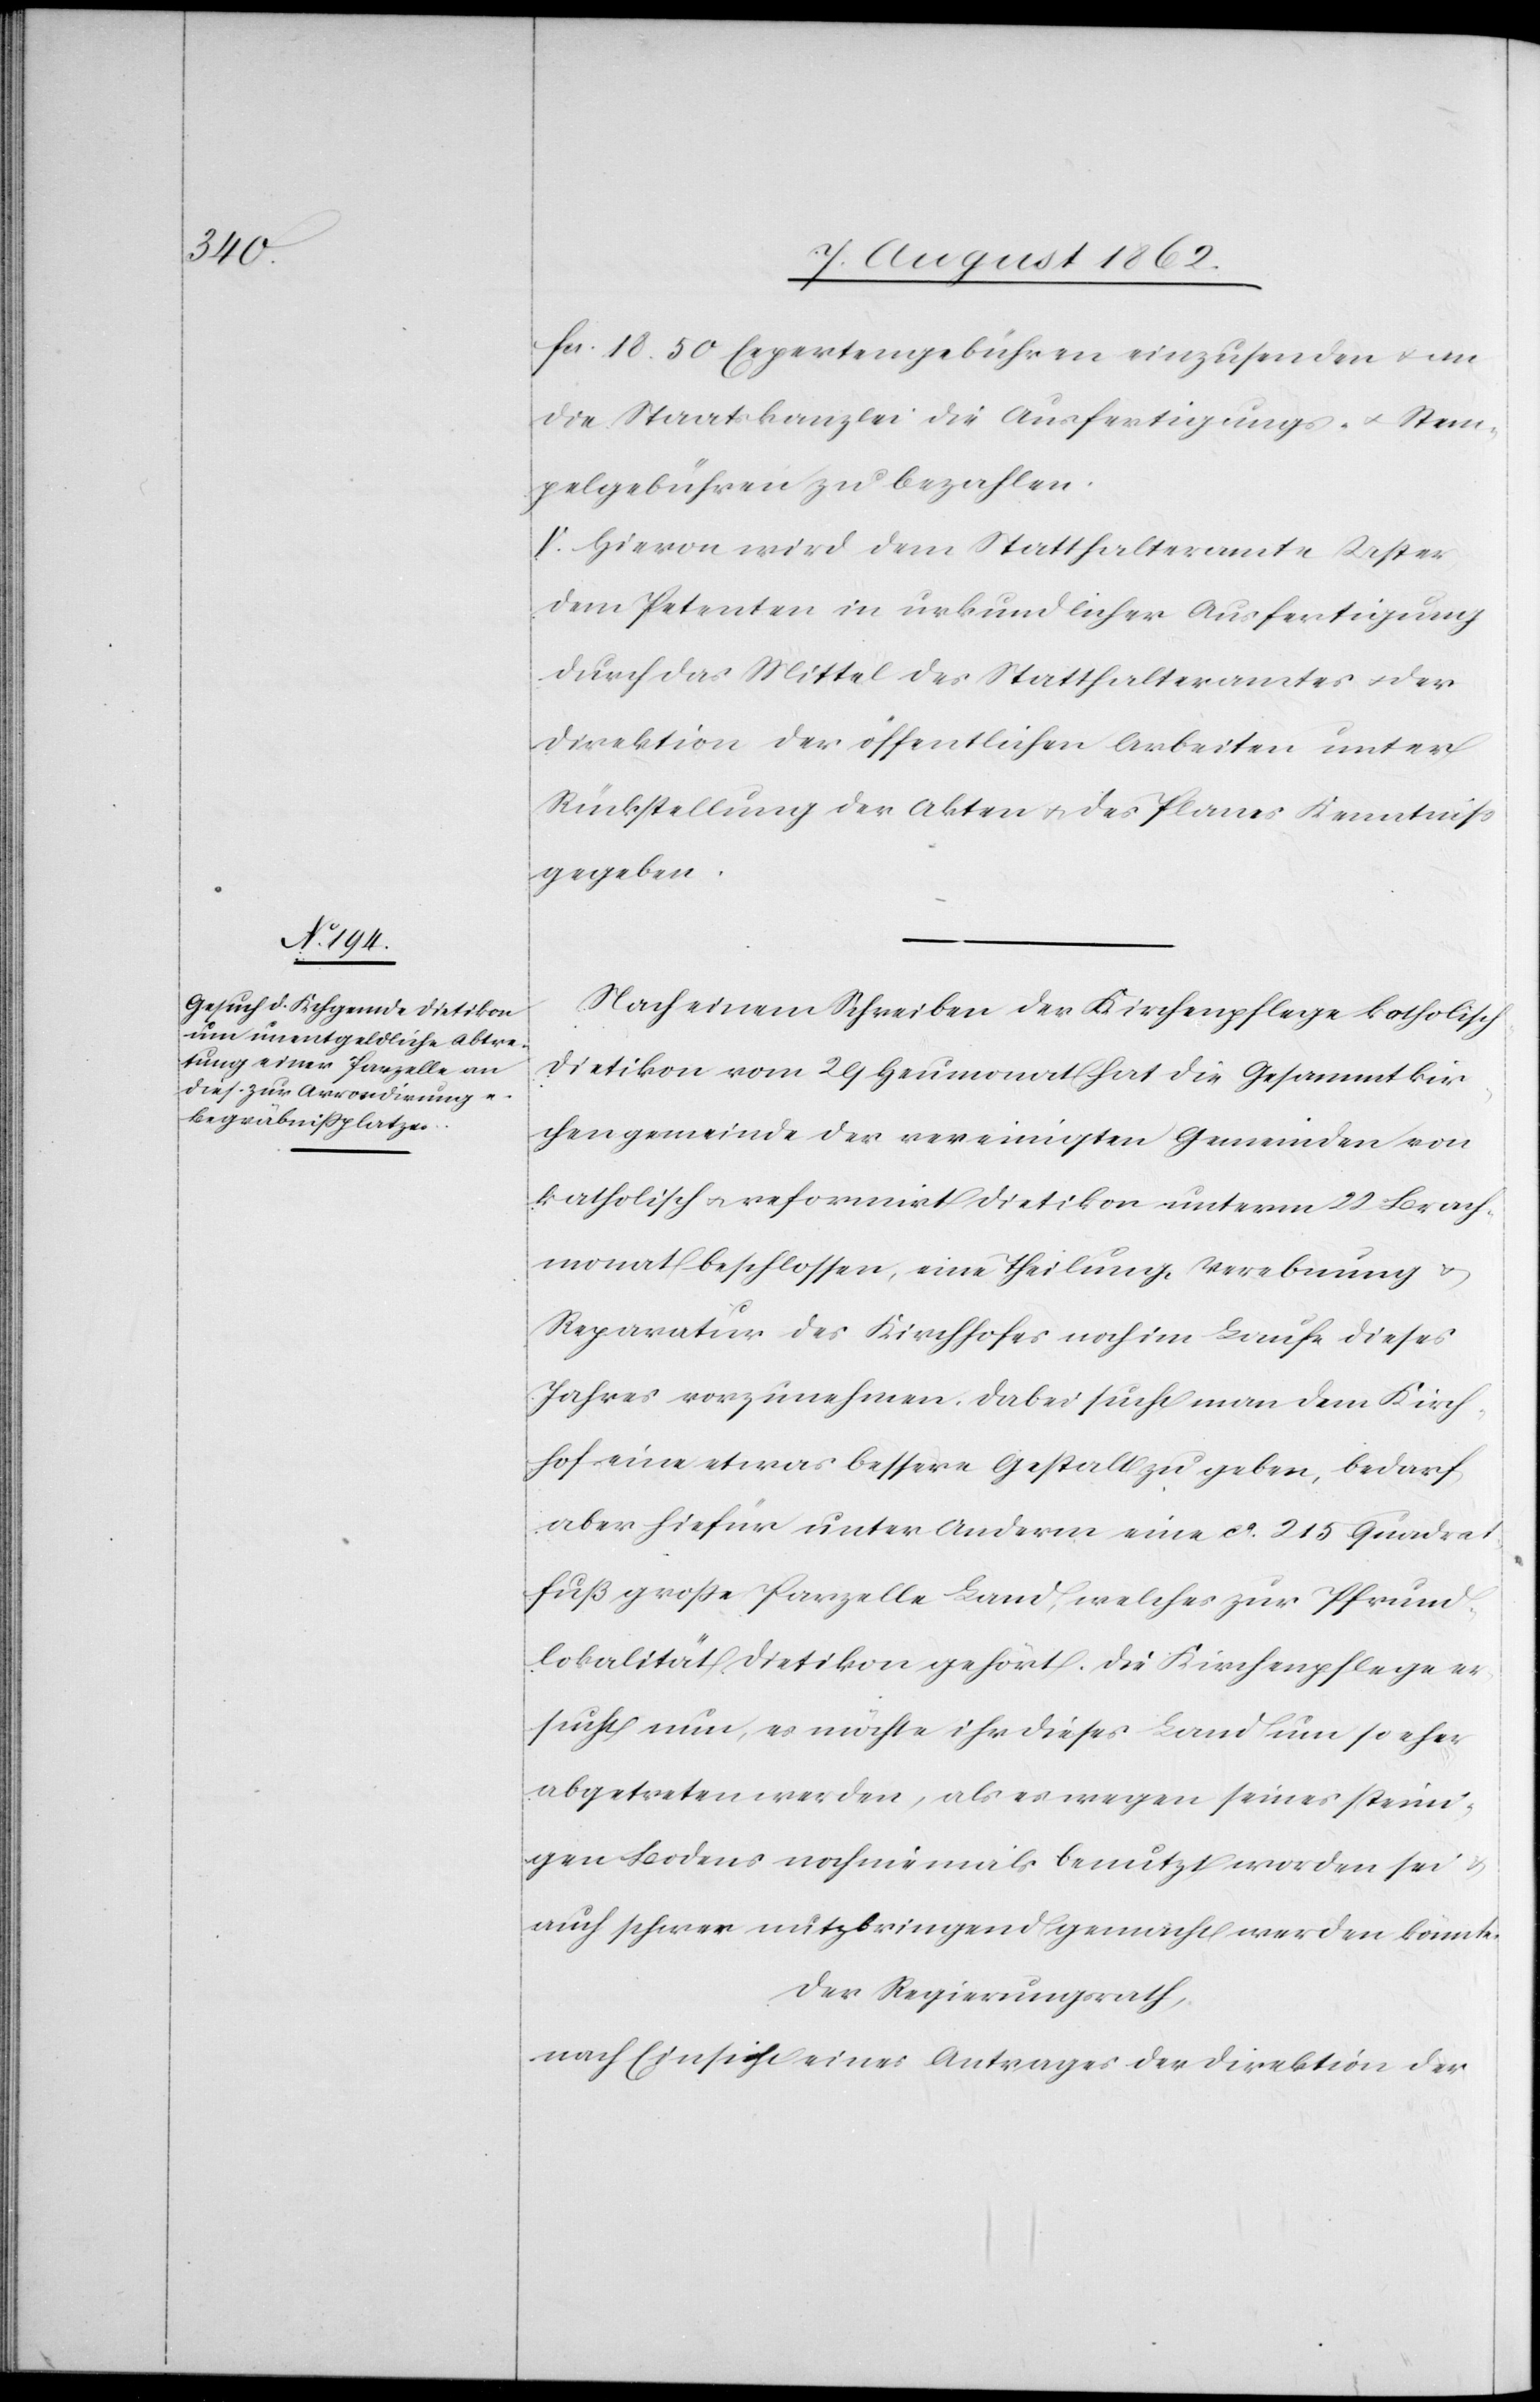
fcs. 18 50 Expertengebühren einzusenden u. an
die Staatskanzlei die Ausfertigungs- u. Stem¬
pelgebühren zu bezahlen.
V. Hievon wird dem Statthalteramte Uster
dem Petenten in urkundlicher Ausfertigung
durch das Mittel des Statthalteramtes u. der
Direktion der öffentlichen Arbeiten unter
Rückstellung der Akten u. des Planes Kenntniß
gegeben.
Nach einem Schreiben der Kirchenpflege katholisch
Dietikon vom 29. Heumonat hat die Gesammtkir¬
chengemeinde der vereinigten Gemeinden von
katholisch u. reformirt Dietikon unterm 22. Brach¬
monat beschlossen, eine Theilung, Verebnung u.
Reparatur des Kirchhofes noch im Laufe dieses
Jahres vorzunehmen. Dabei sucht man dem Kirch¬
hof eine etwas bessere Gestalt zu geben, bedarf
aber hiefür unter Anderem eine ca 215 Quadrat¬
fuß große Parzelle Land, welches zur Pfrund¬
lokalität Dietikon gehört. Die Kirchenpflege er¬
sucht nun, es möchte ihr dieses Land um so eher
abgetreten werden, als es wegen seines steini¬
gen Bodens noch niemals benutzt worden sei u.
auch schwer nutzbringend gemacht werden könnte.
Der Regierungsrath,
nach Einsicht eines Antrages der Direktion der